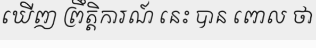
ឃើញ ព្រឹត្តិការណ៍ នេះ បាន ពោល ថា